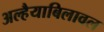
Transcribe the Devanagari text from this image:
अल्हैयाबिलावल